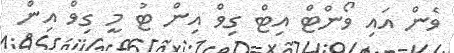
ވެން އައި ވޯންޓް އިޓް ގިވް އިން ޓު މީ ގިވް އިން